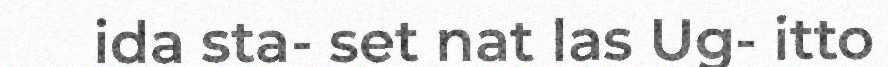
ida sta- set nat las Ug- itto